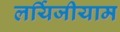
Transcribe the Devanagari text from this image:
लर्यिजीयाम